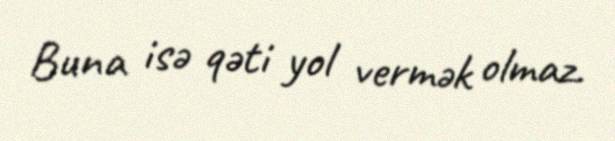
Buna isə qəti yol vermək olmaz.